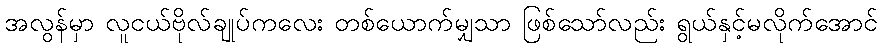
အလွန်မှာ လူငယ်ဗိုလ်ချုပ်ကလေး တစ်ယောက်မျှသာ ဖြစ်သော်လည်း ရွယ်နှင့်မလိုက်အောင်